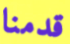
قدمنا